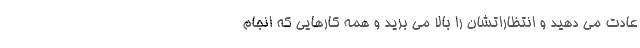
عادت می دهید و انتظاراتشان را بالا می برید و همه کارهایی که انجام